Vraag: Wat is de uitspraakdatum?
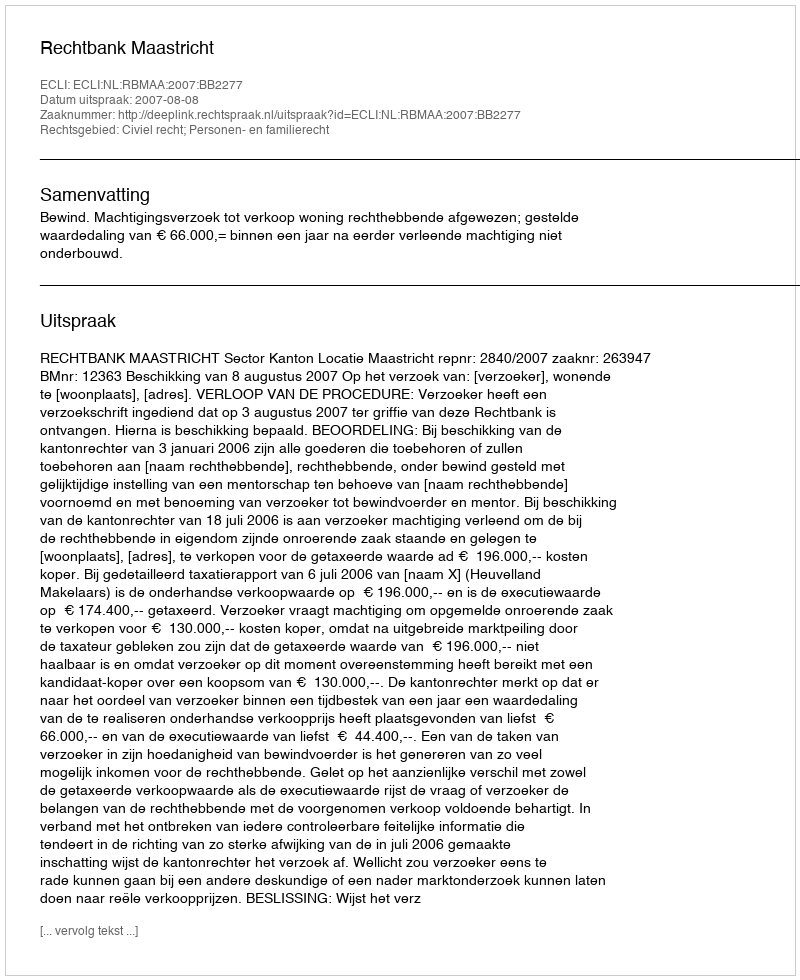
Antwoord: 2007-08-08